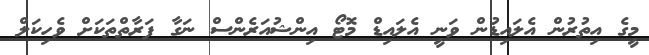
މީގެ އިތުރުން އެލައިޑުން ވަނީ އެލައިޑް މޮޓޯ އިންޝުއަރެންސް ނަގާ ފަރާތްތަކަށް ވެހިކަލް